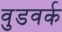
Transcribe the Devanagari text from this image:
वुडवर्क